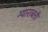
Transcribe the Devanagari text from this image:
ग्याराबत्ती